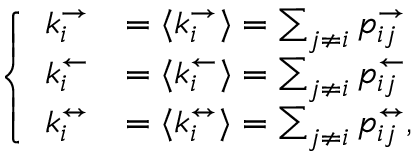
\left\{ \begin{array} { l l } { k _ { i } ^ { \rightarrow } } & { = \langle k _ { i } ^ { \rightarrow } \rangle = \sum _ { j \neq i } p _ { i j } ^ { \rightarrow } } \\ { k _ { i } ^ { \leftarrow } } & { = \langle k _ { i } ^ { \leftarrow } \rangle = \sum _ { j \neq i } p _ { i j } ^ { \leftarrow } } \\ { k _ { i } ^ { \leftrightarrow } } & { = \langle k _ { i } ^ { \leftrightarrow } \rangle = \sum _ { j \neq i } p _ { i j } ^ { \leftrightarrow } , } \end{array} \right.